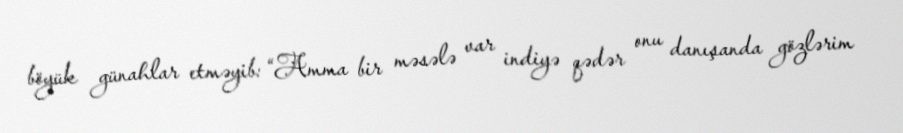
böyük günahlar etməyib: “Amma bir məsələ var indiyə qədər onu danışanda gözlərim